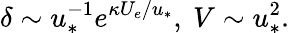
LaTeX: \delta\sim u_{*}^{-1}e^{\kappa U_{e}/u_{*}},\ V\sim u_{*}^{2}.